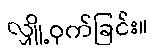
လျှို့ဝှက်ခြင်း။